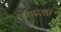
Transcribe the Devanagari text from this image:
एकादशांस